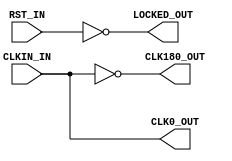
module x_s3e_dcm (
    input  wire     CLKIN_IN,       //  Default Clock
    input  wire     RST_IN,         //  Reset
    output wire     CLK0_OUT,       //  Clock (Zero phase shift)
    output wire     CLK180_OUT,     //  Clock (180 degrees phase shift)
    output wire     LOCKED_OUT      //  Lock
);

    /***** Clock Output *****/
    assign CLK0_OUT     = CLKIN_IN;
    assign CLK180_OUT   = ~CLKIN_IN;
    assign LOCKED_OUT   = ~RST_IN;

endmodule